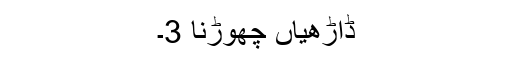
ڈاڑھیاں چھوڑنا 3۔